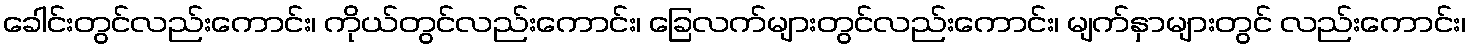
ခေါင်းတွင်လည်းကောင်း၊ ကိုယ်တွင်လည်းကောင်း၊ ခြေလက်များတွင်လည်းကောင်း၊ မျက်နှာများတွင် လည်းကောင်း၊